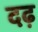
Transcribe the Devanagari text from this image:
दढ़